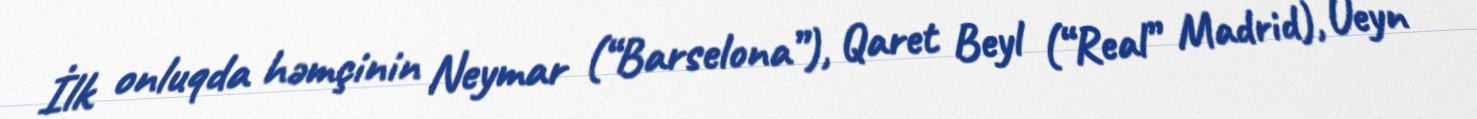
İlk onluqda həmçinin Neymar (“Barselona”), Qaret Beyl (“Real” Madrid), Ueyn